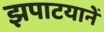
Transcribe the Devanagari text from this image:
झपाटयानें